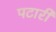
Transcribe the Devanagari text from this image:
पटारी